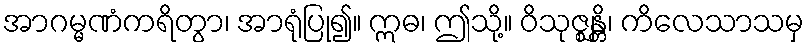
အာဂမ္မဏံကရိတွာ၊ အာရုံပြု၍။ ဣဓ၊ ဤသို့။ ဝိသုဇ္ဈန္တိ၊ ကိလေသာသမှ